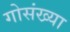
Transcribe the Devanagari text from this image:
गोसंख्या